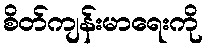
စိတ်ကျန်းမာရေးကို